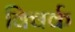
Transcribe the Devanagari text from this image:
क्विर्क